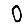
Digit: 0